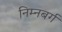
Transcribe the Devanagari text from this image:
निम्नबर्ग